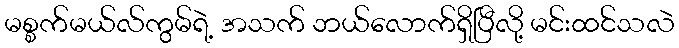
မစ္စက်မယ်လ်ကွမ်ရဲ့ အသက် ဘယ်လောက်ရှိပြီလို့ မင်းထင်သလဲ